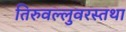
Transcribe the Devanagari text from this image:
तिरुवल्लुवरस्तथा